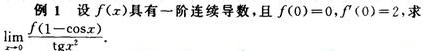
例 1 设 \(f(x)\) 具有一阶连续导数，且 \(f(0)=0,f'(0)=2\)，求
\(\lim_{x\rightarrow 0}\frac{f(1 - \cos x)}{\sqrt{1 + x^{2}} - 1}\).